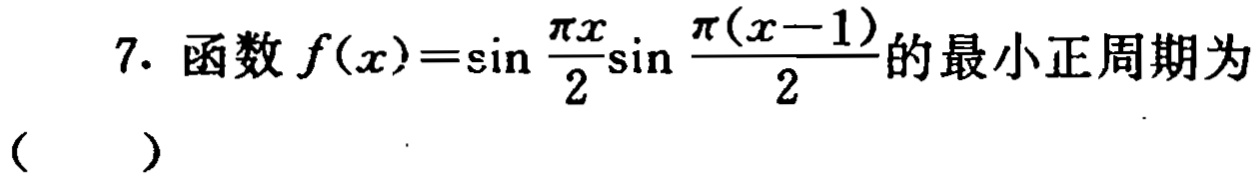
7. 函数\(f(x)=\sin\frac{\pi x}{2}\sin\frac{\pi(x - 1)}{2}\)的最小正周期为

（  ）